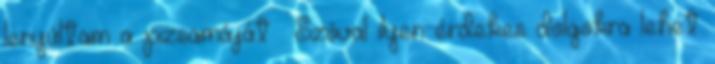
lenyúltam a pizsamáját . Szóval ilyen érdekes dolgokra lehet